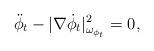
LaTeX: \begin{align*}\ddot{\phi}_t-|\nabla \dot{\phi}_t|^2_{\omega_{\phi_t}}=0,\end{align*}